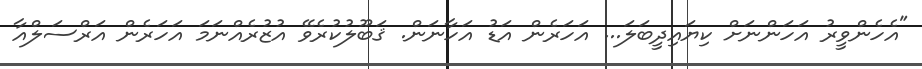
"އެހެންވީރު އަހަންނަށް ކިޔައިދީބަލަ... އަހަރެން އަޑު އަހާނަން. ޤަބޫލުކުރެވޭ އުޒުރެއްނަމަ އަހަރެން އަރްސަލްއާ